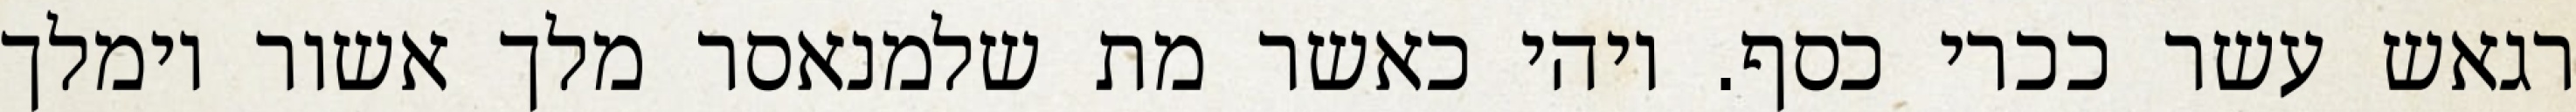
רגאש עשר ככרי כסף. ויהי כאשר מת שלמנאסר מלך אשור וימלך